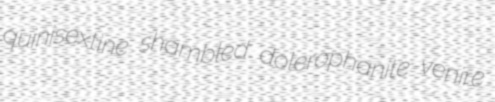
quinisextine shambled dolerophanite venire